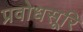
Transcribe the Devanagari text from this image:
प्रवोधसूरि